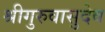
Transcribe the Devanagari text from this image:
श्रीगुरुवासुदेव